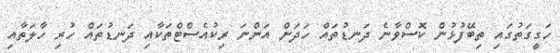
ހަގީގަތުގައި ތިބޭފުޅުން ކޮސްވާނެ ދަނޑުތައް ހަދަން އަންނަ ރިކުއެސްޓްތަކާއި ދަނޑުތައް ހުރި ހާލަތާއި